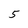
Character: 5